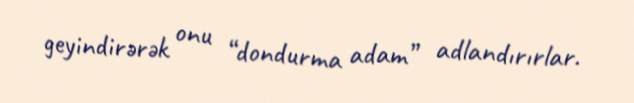
geyindirərək onu “dondurma adam” adlandırırlar.